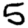
Digit: 5